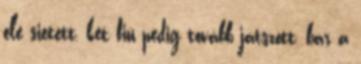
elé sietett, két fiú pedig tovább játszott, bár a